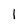
Character: l